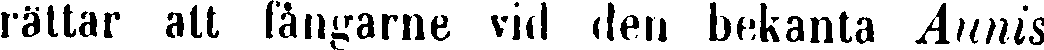
rättar att fångarne vid den bekanta Aunis